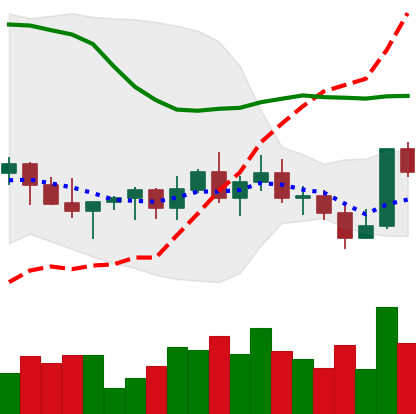
Ticker: XLM-USD
Chart end date: 2022-11-05
Forward return: -14.421%
Label: down_7plus